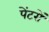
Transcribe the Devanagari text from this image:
पेंटरों